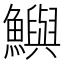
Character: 鱮